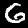
Label: 6